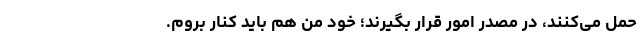
حمل می‌کنند، در مصدر امور قرار بگیرند؛ خود من هم باید کنار بروم‌.